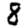
Digit: 8